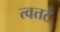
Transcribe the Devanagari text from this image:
त्वत्तटे